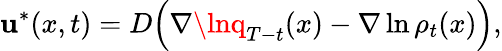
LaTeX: \mathbf{u}^{*}(x,t)=D\Big(\nabla\lnq_{T-t}(x)-\nabla\ln\rho_{t}(x)\Big),